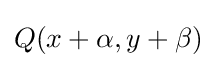
Q(x+\alpha ,y+\beta )